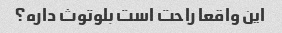
این واقعا راحت است بلوتوث داره؟